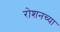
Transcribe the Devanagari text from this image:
रोशनच्या